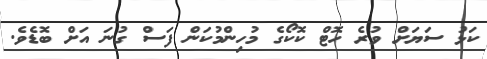
ކަޅު ސަޔަށް ވުރެ ހޮޓް ކޮކޯގެ މުހިންމުކަން ފަސް ގުނަ އަށް ބޮޑެވެ.